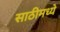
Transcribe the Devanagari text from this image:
साठीमध्ये